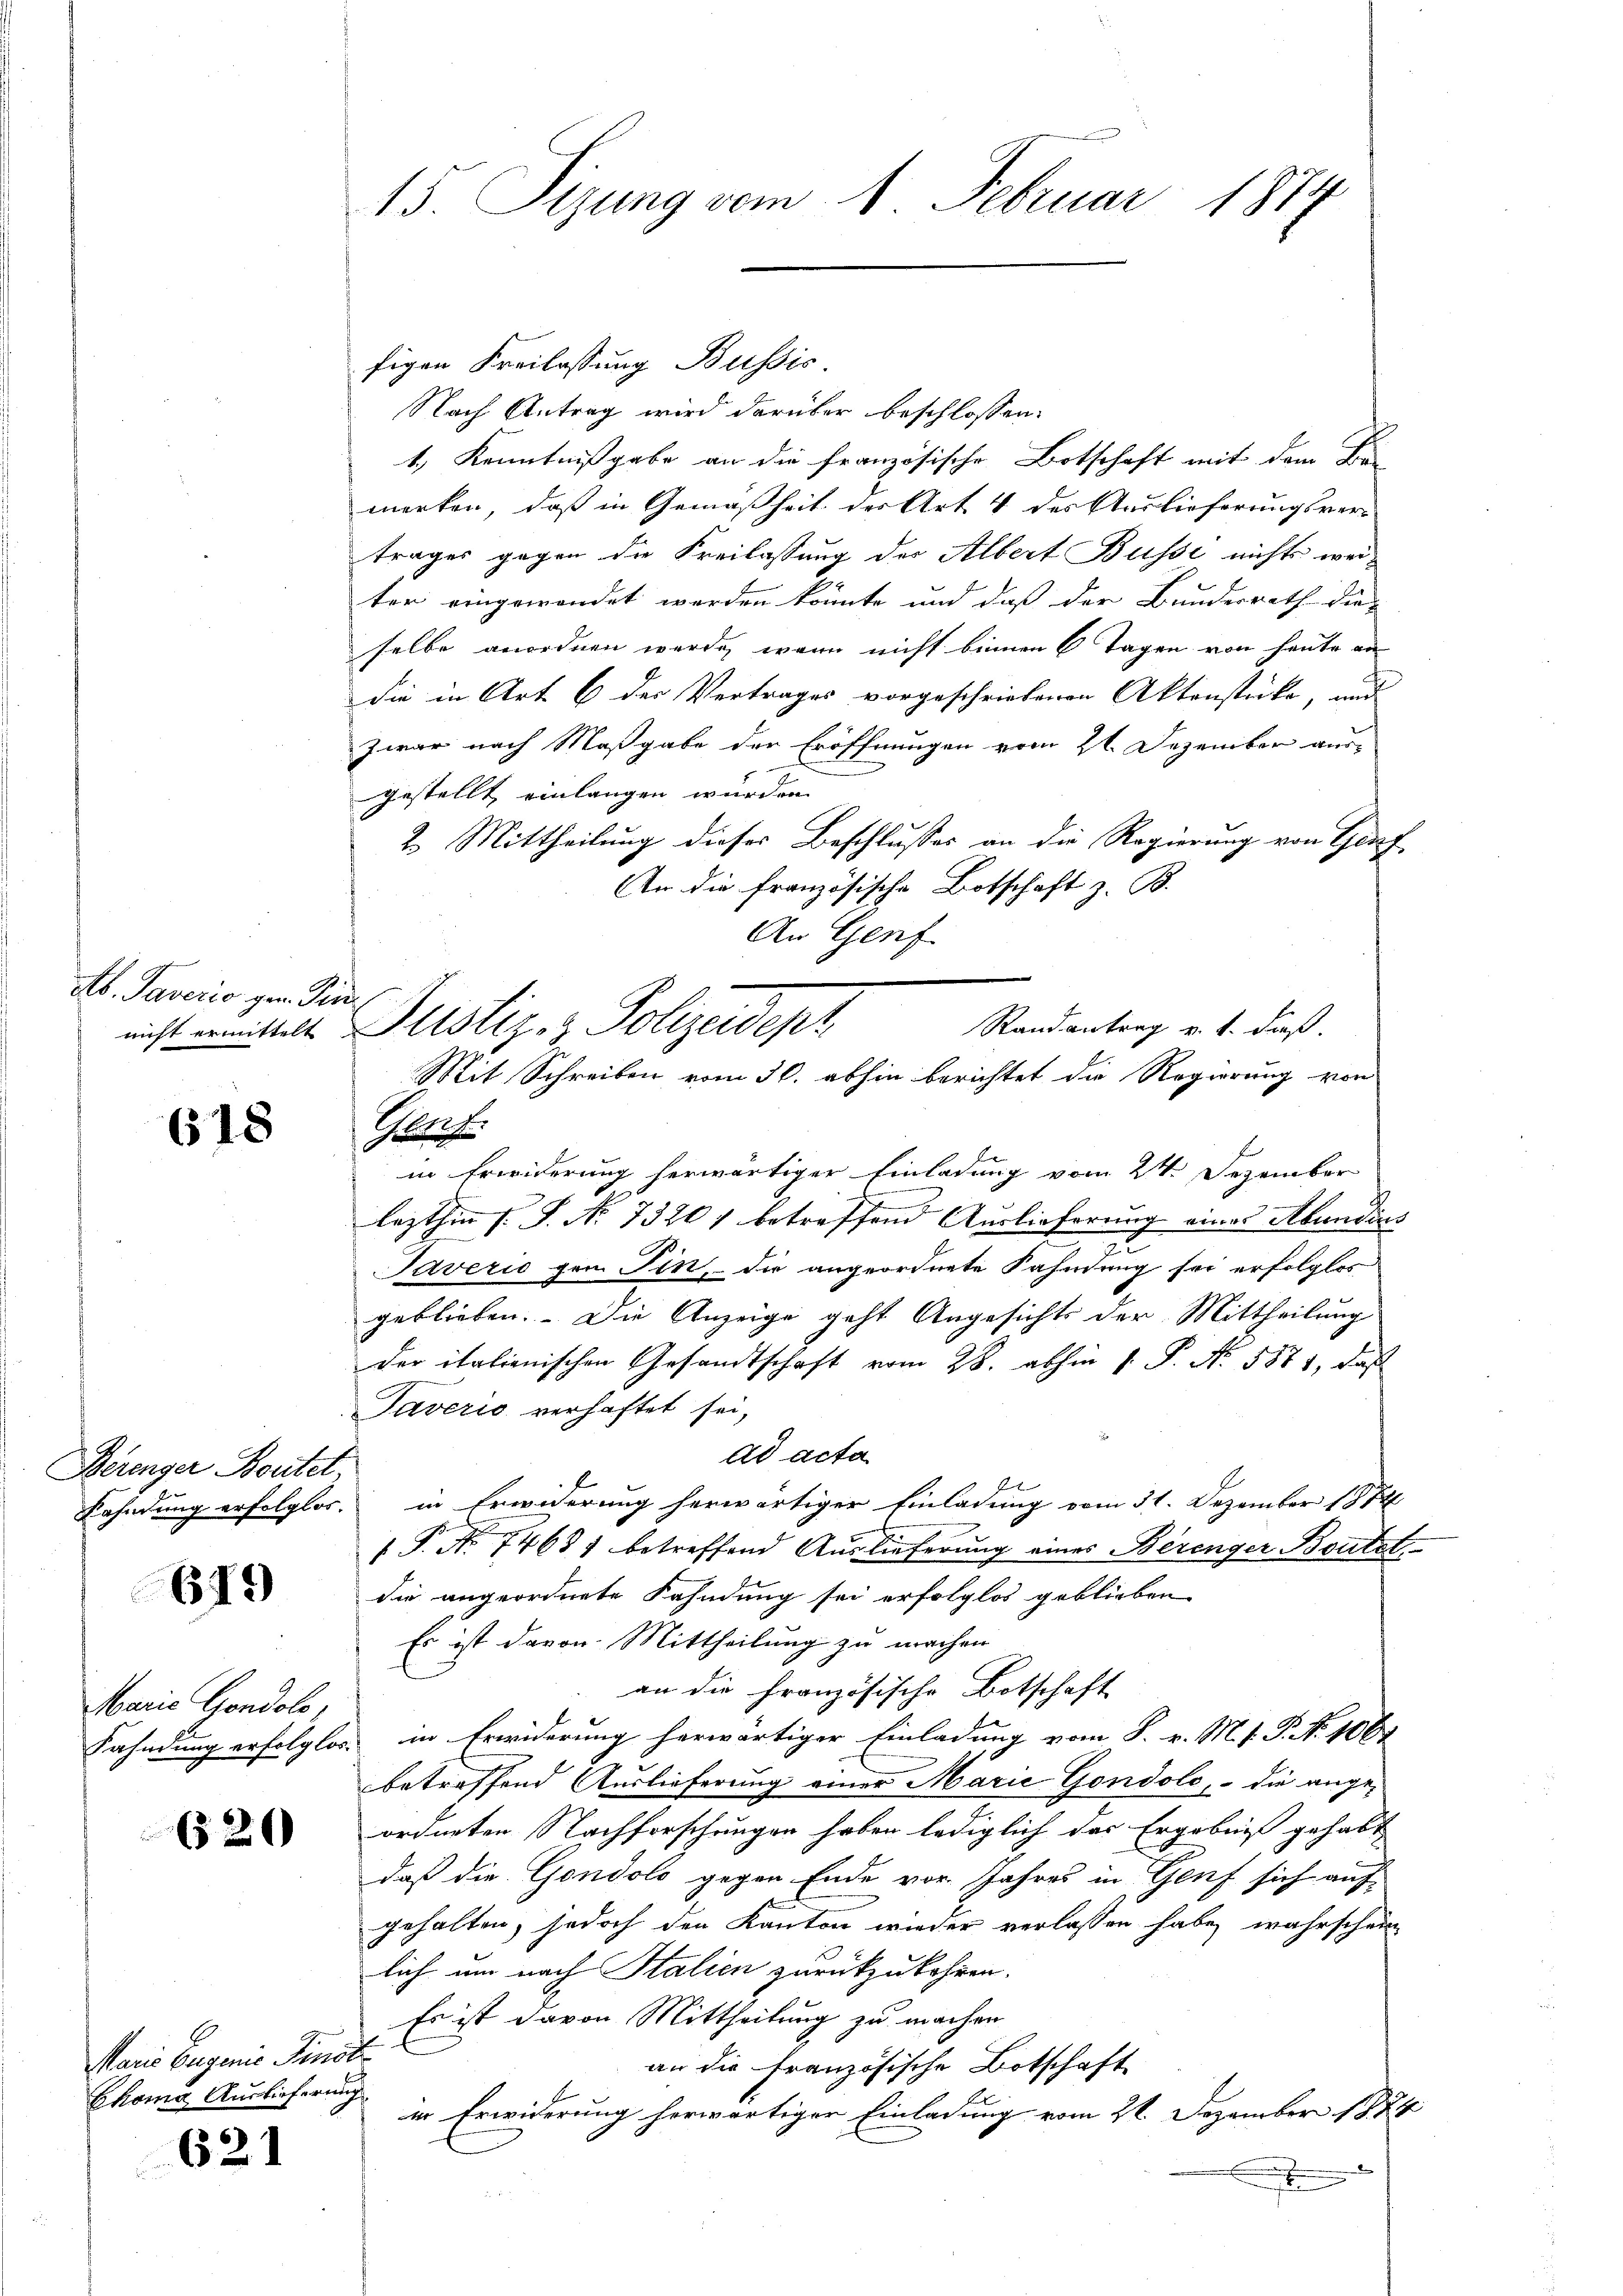
Ab. Taverio gen. Die

618

Berenger Beutet

679

figen Freilassung Bussis
Nach Antrag wird darüber beschlossen:
1.) Kenntnißgabe an die französische Botschaft mit dem Ber
merken, daß in Gemäßheit der Art 4 des Auslieferungsver-
trages gegen die Freilassung des Albert Busse nichts weiter eingewendet werden könnte und daß der Bundesrath die-
selbe anordnen werde, wann nicht binnen 6 Tagen von heute an
die in Art. 6 der Vertrages vorgeschriebenen Aktenstücke, und
zwar nach Maßgabe der Eröffnungen vom 21. Dezember aus-
gestellt, einlangen wurden.
2. Mittheilung dieses Beschlusses an die Regierung von Genf
An die französische Botschaft z. B.
An Genf
Randantrag v. 1. daß.
Mit Schreiben vom 30. abhin berichtet die Regierung von
Hopet.
in Erwiderung herwärtiger Einladung vom 24. Dezember
.
lezthin s. S. Nr. 73201 betreffend Auslieferung eines Abendius
Taverio gen Sin, die angeordnete Kahnung sei erfolglos
geblieben. Die Anzeige geht Angesichts der Mittheilung
der italienischen Gesandtschaft vom 28. abhin 1. P. N. 5871, daß
Taverio verhaftet sei,
ad acta
Fahndung erfolglos. in Erwiderung herwärtiger Einladung vom 31. Dezember 1874
 P. Nr. 7468) betreffend Auslieferung eines Berenger Bautet
die angeordnete Fahndung sei erfolglos geblieben
Es ist davon. Mittheilung zu machen
an die Französische Botschaft
Fahndung erfolglos in Erwiderung herwärtiger Einladung vom 8. v. M. v. J. No 1067
betreffend Auslieferung einer Marie Gondole, – die angeordneten Nachforschungen haben lediglich das Ergebniß gehabt
daß die Gondolo gegen Ende vor. Jahres in Genf sich auf
gehalten, jedoch den Kanton wieder verlassen habe, wahrschein
lich um nach Italien zurückzukehren.
Es ist davon Mittheilung zu machen
an die französische Botschaft
in Erwiderung herwärtiger Einladung vom 21. Dezember 1874
.

Marie Gondolo,

620

Marie Eugenis Pinsti
Choma Auslieferung

621

15. Sizung vom 1. Februar 1874

nicht ermittelt. Beistiz- & Polizeidept